Eesti_Rahvusfond, lk 117
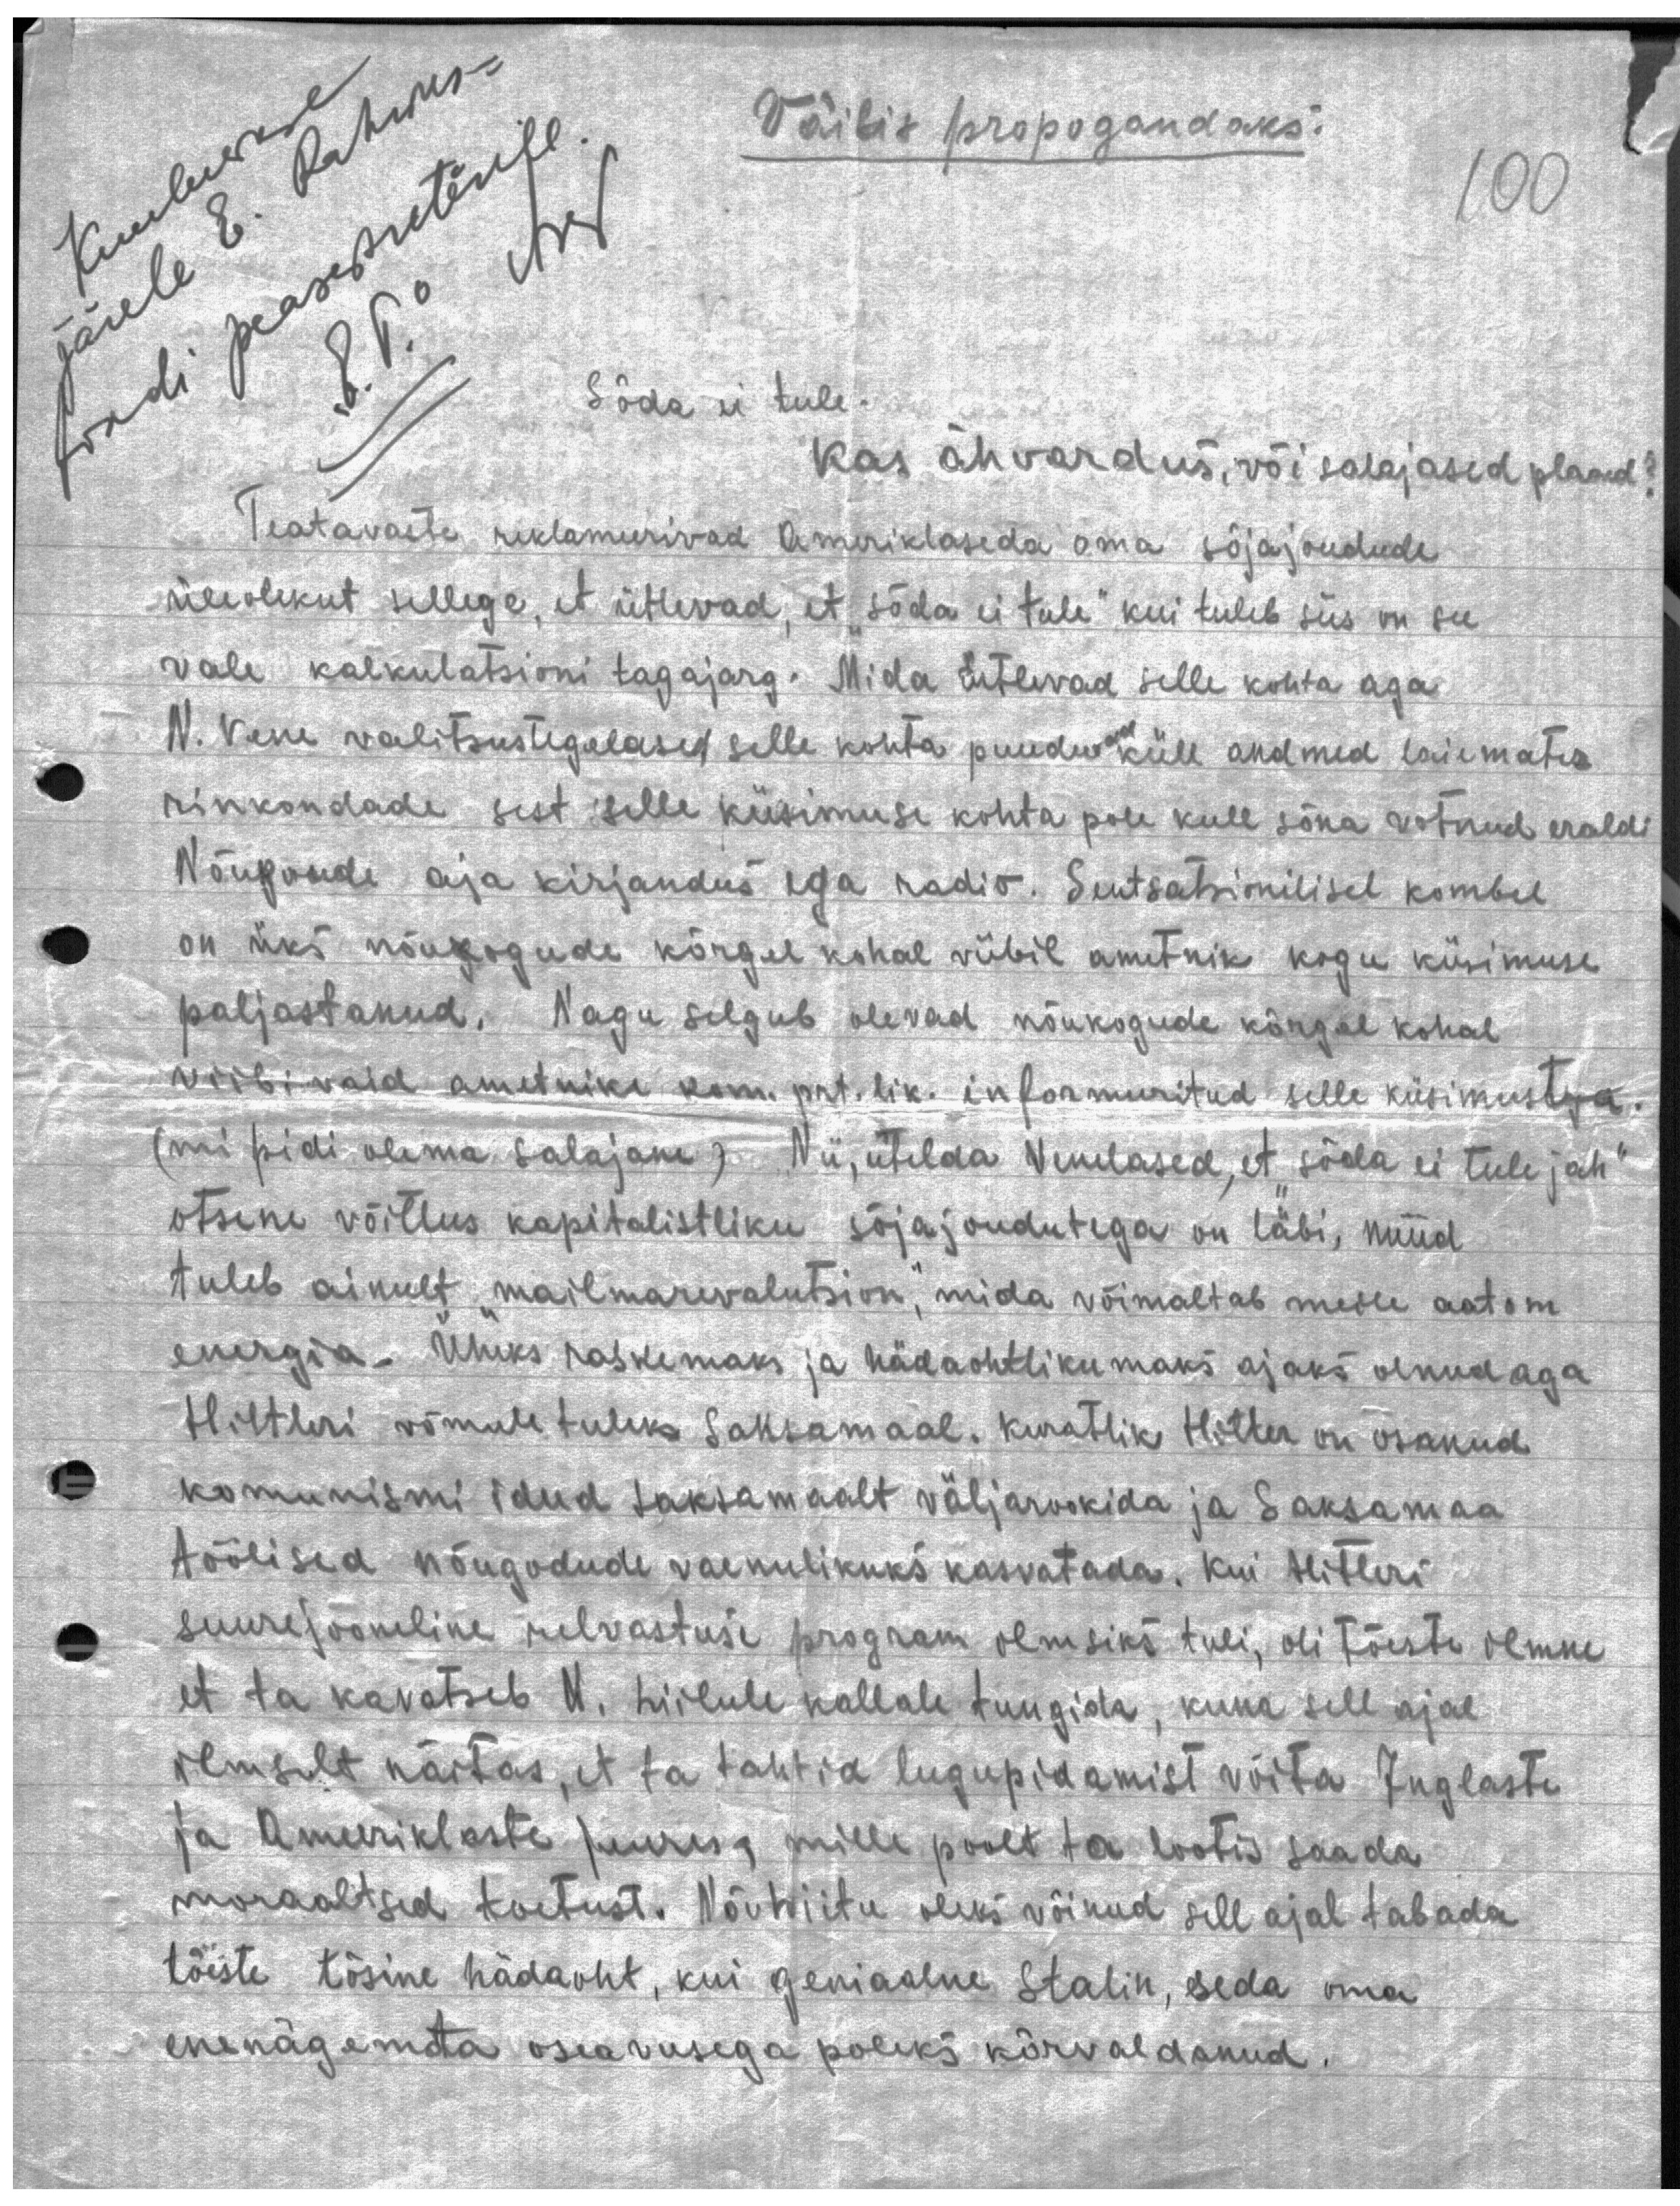
Väilis propagandaks".
peasekretärile
100
Sõda ei tule
Kas ähvardus, või salajased plaanid?
Teatavaste reklameerivad Ameriklaseda oma sõjajoudude
üleolekut sellega, et ütlevad, et "sõda ei tule" kui tuleb siis on see
vale kalkulatsioni tagajarg. Mida ütlevad selle kohta aga
N. Vene valitsustegelased selle kohta puuduvad küll andmed laiemates
rinkondade sest selle küsimuse kohta pole kull sõna votnud eraldi
Nõuponde aja kirjandus ega radio. Sentsatsionilisel kombel
on üks nõukogude kõrgel kohal viibib ametnik kogu küsimuse
paljastanud. Nagu selgub olevad nõukogude kõrgel kohal
viibivaid ametnike kom. prt. lik. informeeritud selle küsimustega
(mi pidi olema salajane) Nii, ütelda Venelased, et "sõda ei tule jah"
otsene võitlus kapitalistliku sõjajoudutega on läbi, nüüd
tuleb ainult "mailmarevolutsion", mida võimaltab meile aatom
energia. Üheks raskemaks ja hädaohtlikumaks ajaks olnud aga
Hiltleri võmule tulek Saksamaal. Kuratlik Hitler on osanud
komunismi idud Saksamaalt väljarookida ja Saksamaa
töölised nõugodude vaenulikuks kasvatada. Kui Hitleri
suurejooneline relvastuse program ilmsiks tuli, oli tõeste ilmne
et ta kavatseb N. Liidule kallale tungida, kuna sell ajal
ilmselt näitas, et ta tahtid lugupidamist võita Inglaste
ja Ameeriklaste juures, mille poolt ta lootis saada
moraaltsed toetust. Nõu Liitu oleks võinud sell ajal tabada
tõeste tõsine hädaoht, kui geniaalne Stalin, seda oma
enenägemata osavusega poleks kõrvaldanud.